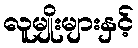
လူမျိုးများနှင့်